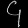
Digit: ၄